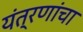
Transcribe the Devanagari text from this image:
यंत्रणांचा